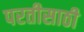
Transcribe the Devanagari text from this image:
परतीसाठी